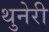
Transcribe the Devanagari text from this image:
थुनेरी